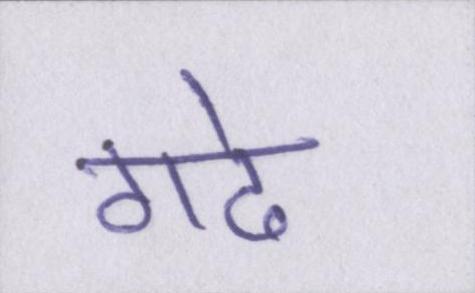
गढे